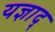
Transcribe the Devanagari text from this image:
यज्ञाद्‌